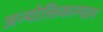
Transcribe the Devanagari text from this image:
अन्योक्तिकल्पद्रम